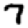
Digit: 7